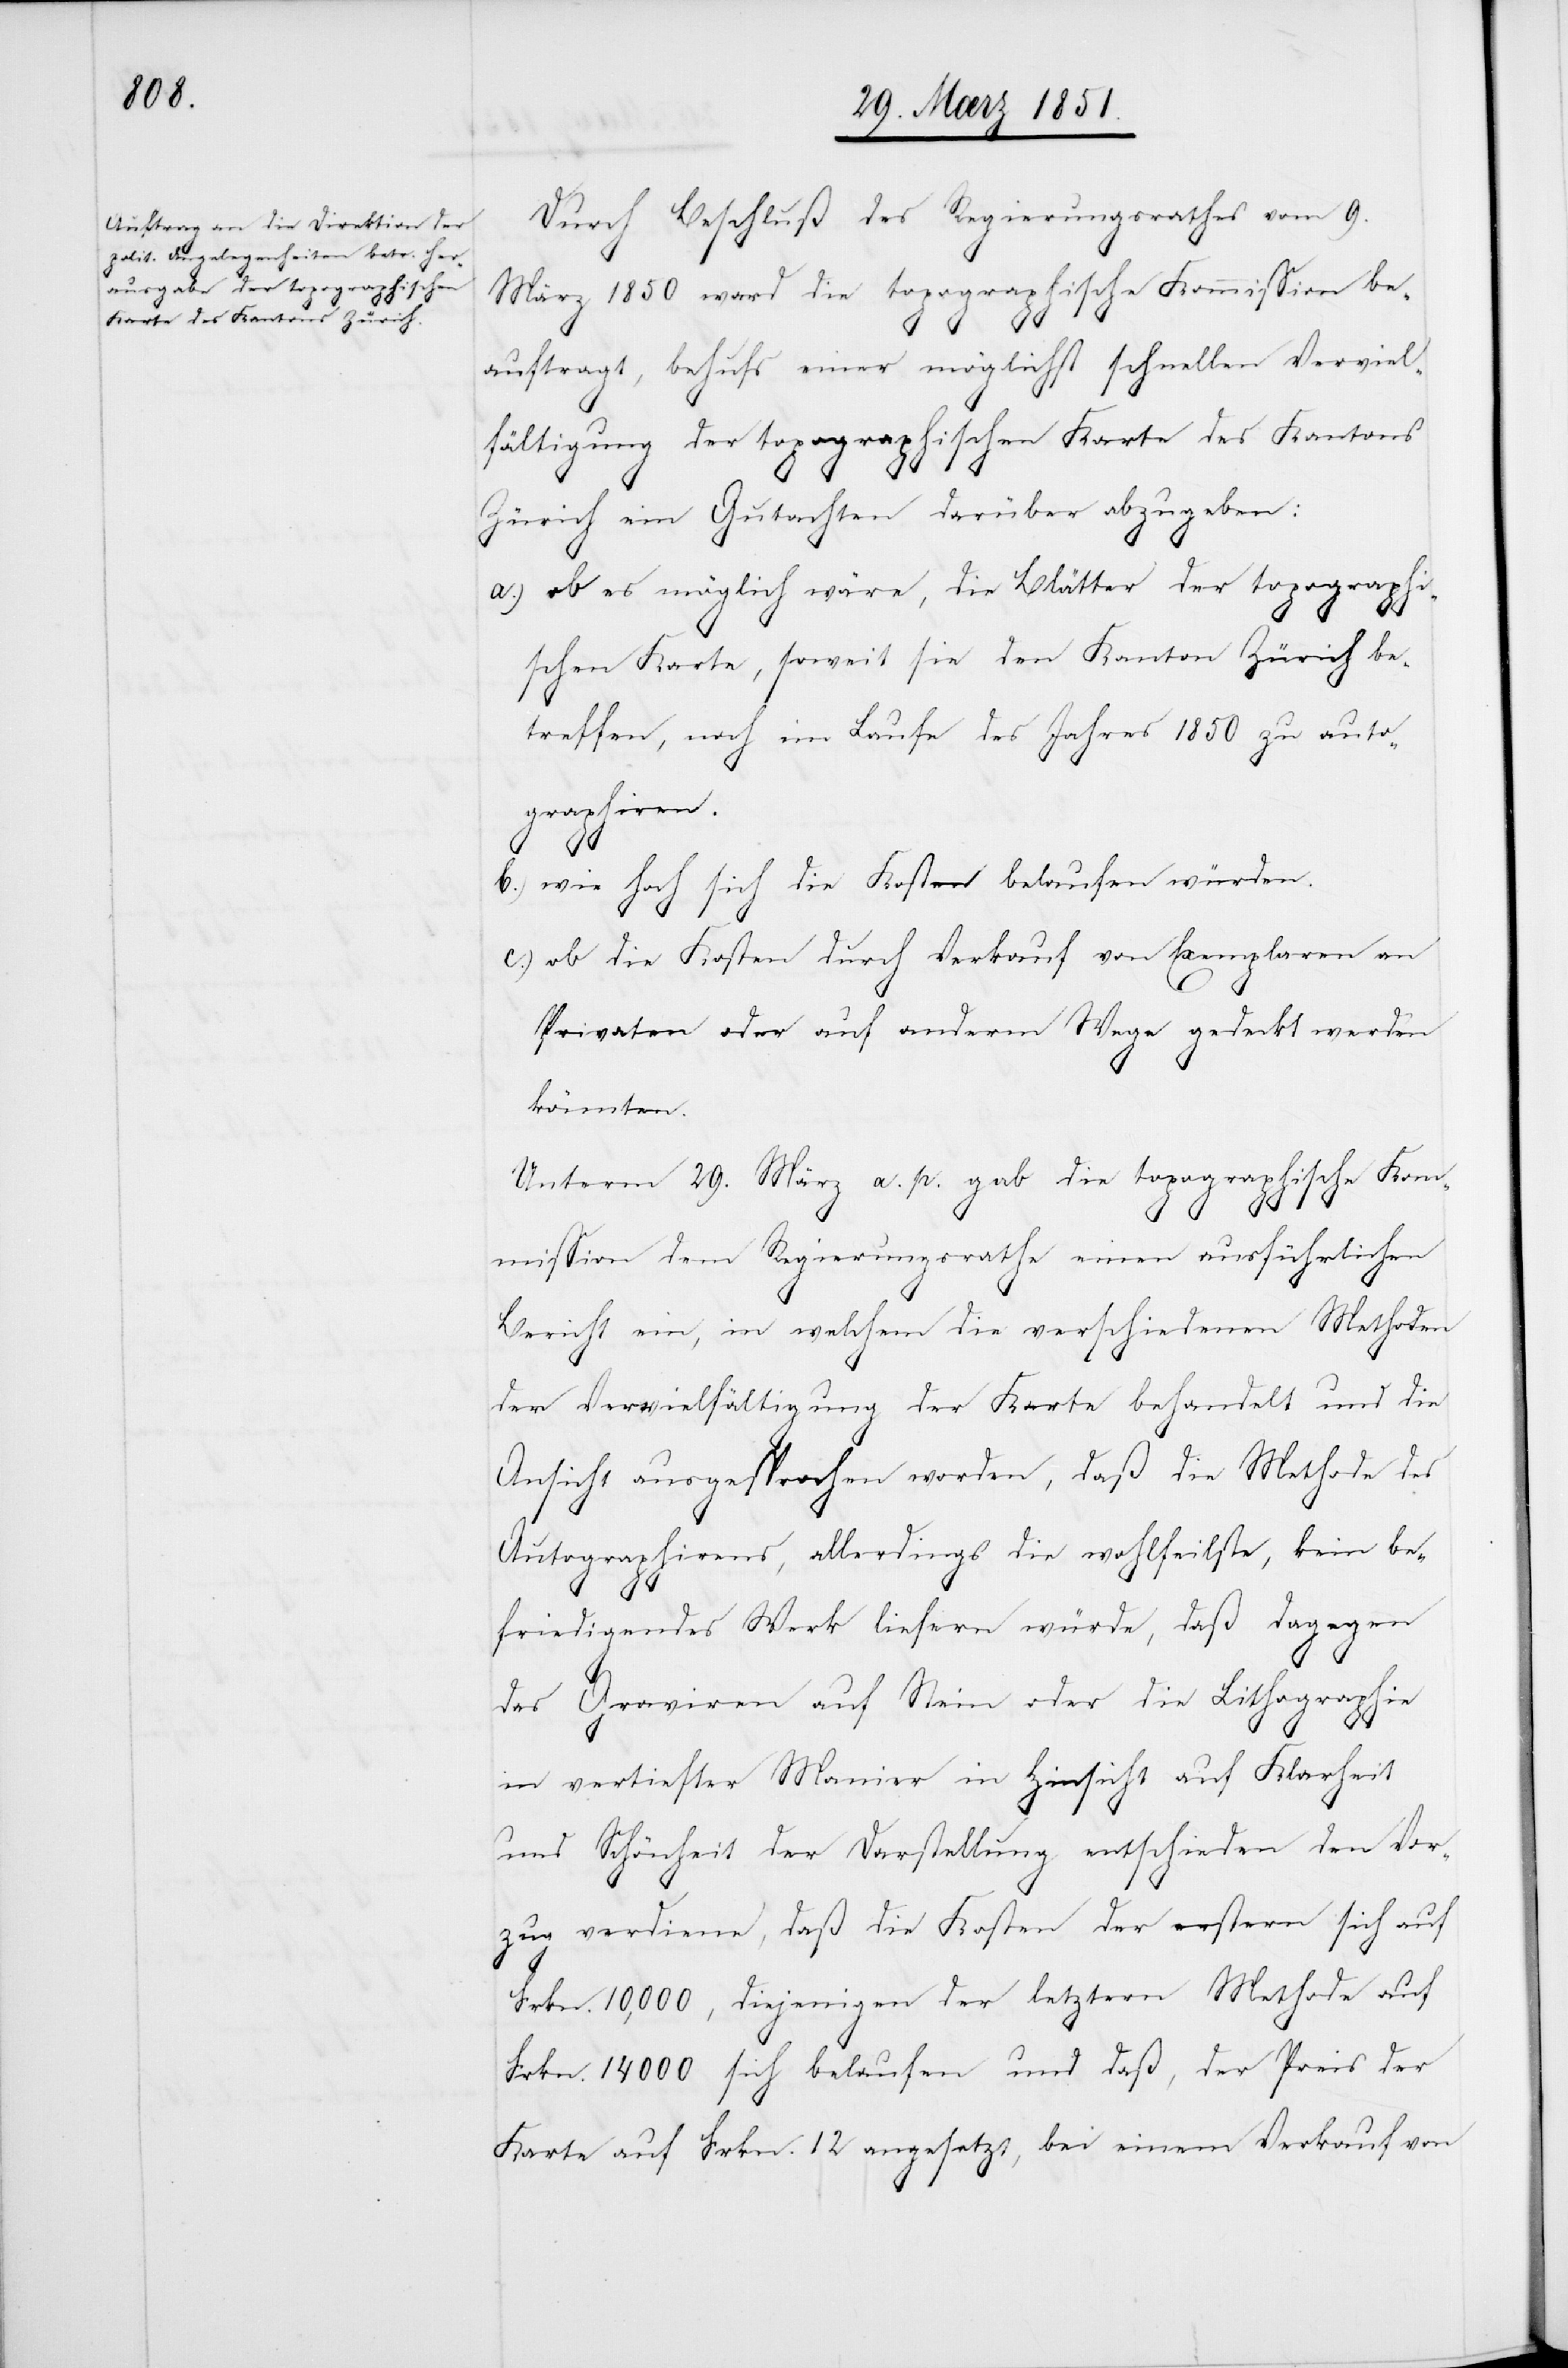
Durch Beschluß des Regierungsrathes vom 9.
März 1850 ward die topographische Kommission be¬
auftragt, behufs einer möglichst schnellen Verviel¬
fältigung der topographischen Karte des Kantons
c.)
Zürich ein Gutachten darüber abzugeben:
a.)
ob es möglich wäre, die Blätter der topographi¬
schen Karte, soweit sie den Kanton Zürich be¬
treffen, noch im Laufe des Jahres 1850 zu auto¬
graphiren.
wie hoch sich die Kosten belaufen würden.
ob die Kosten durch Verkauf von Exemplaren an
Privaten oder auf anderm Wege gedeckt werden
könnten.
Unterm 29. März a. p. gab die topographische Ko¬
mmission dem Regierungsrathe einen ausführlichen
Bericht ein, in welchem die verschiedenen Methoden
der Vervielfältigung der Karte behandelt und die
Ansicht ausgesprochen worden, daß die Methode des
Autographirens, allerdings die wohlfeilste, kein be¬
friedigendes Werk liefern würde, daß dagegen
das Graviren auf Stein oder die Lithographie
in vertiefter Manier in Hinsicht auf Klarheit
und Schönheit der Darstellung entschieden den Vor¬
zug verdiene, daß die Kosten der erstern sich auf
Frkn. 10,000, diejenigen der letztern Methode auf
Frkn. 14000 sich belaufen und daß, der Preis der
Karte auf Frkn. 12 angesetzt, bei einem Verkauf von